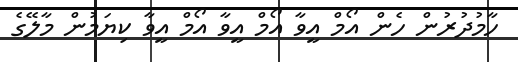
ހާމުދުރުން ހެން އޯމް އީވާ އޯމް އީވާ އޯމް އީވާ ކިޔަމުން މާލޭގެ